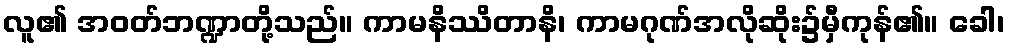
လူ၏ အဝတ်ဘဏ္ဍာတို့သည်။ ကာမနိဿိတာနိ၊ ကာမဂုဏ်အလိုဆိုး၌မှီကုန်၏။ ခေါ၊